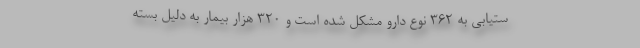
ستیابی به ۳۶۲ نوع دارو مشکل شده است و ۳۲۰ هزار بیمار به دلیل بسته